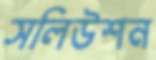
সলিউশন